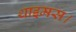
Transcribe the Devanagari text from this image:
थाइमस।